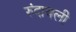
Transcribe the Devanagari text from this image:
रुंदावली